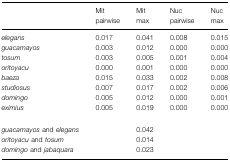
<table><thead><tr><td></td><td><b>Mit pairwise</b></td><td><b>Mit max</b></td><td><b>Nuc pairwise</b></td><td><b>Nuc max</b></td></tr></thead><tbody><tr><td><i>elegans</i></td><td>0.017</td><td>0.041</td><td>0.008</td><td>0.015</td></tr><tr><td><i>guacamayos</i></td><td>0.003</td><td>0.012</td><td>0.000</td><td>0.000</td></tr><tr><td><i>tosum</i></td><td>0.003</td><td>0.005</td><td>0.001</td><td>0.004</td></tr><tr><td><i>oritoyacu</i></td><td>0.000</td><td>0.001</td><td>0.000</td><td>0.000</td></tr><tr><td><i>baeza</i></td><td>0.015</td><td>0.033</td><td>0.002</td><td>0.008</td></tr><tr><td><i>studiosus</i></td><td>0.007</td><td>0.017</td><td>0.002</td><td>0.006</td></tr><tr><td><i>domingo</i></td><td>0.005</td><td>0.012</td><td>0.000</td><td>0.001</td></tr><tr><td><i>eximius</i></td><td>0.005</td><td>0.019</td><td>0.000</td><td>0.000</td></tr><tr><td><i>guacamayos</i> and <i>elegans</i></td><td></td><td>0.042</td><td></td><td></td></tr><tr><td><i>oritoyacu</i> and <i>tosum</i></td><td></td><td>0.014</td><td></td><td></td></tr><tr><td><i>domingo</i> and <i>jabaquara</i></td><td></td><td>0.023</td><td></td><td></td></tr></tbody></table>